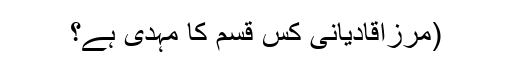
(مرزاقادیانی کس قسم کا مہدی ہے؟